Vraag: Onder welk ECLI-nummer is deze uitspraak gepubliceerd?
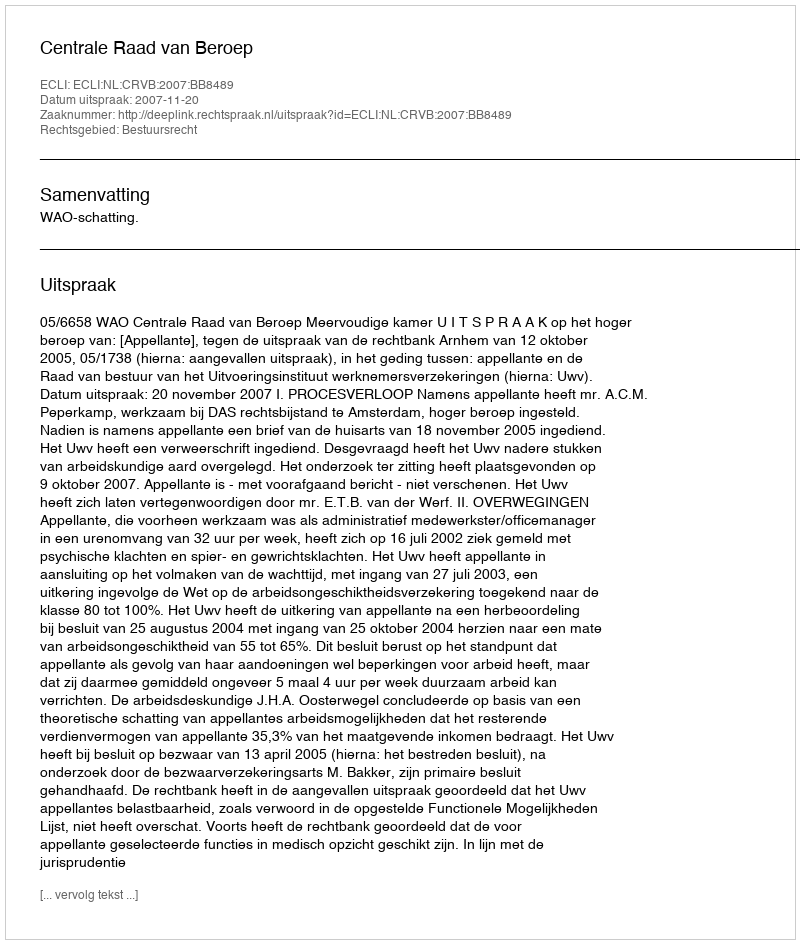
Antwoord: ECLI:NL:CRVB:2007:BB8489